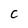
Character: C